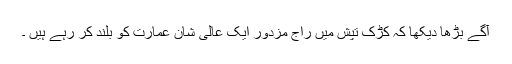
آگے بڑھا دیکھا کہ کڑک تپش میں راج مزدور ایک عالی شان عمارت کو بلند کر رہے ہیں ۔